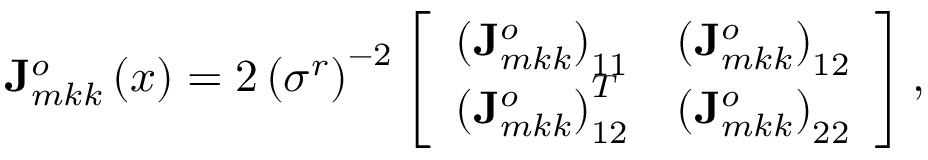
\mathbf { J } _ { m k k } ^ { o } \left( \boldsymbol { x } \right) = 2 \left( \sigma ^ { r } \right) ^ { - 2 } \left[ \begin{array} { c c } { \left( \mathbf { J } _ { m k k } ^ { o } \right) _ { 1 1 } } & { \left( \mathbf { J } _ { m k k } ^ { o } \right) _ { 1 2 } } \\ { \left( \mathbf { J } _ { m k k } ^ { o } \right) _ { 1 2 } ^ { T } } & { \left( \mathbf { J } _ { m k k } ^ { o } \right) _ { 2 2 } } \end{array} \right] ,